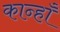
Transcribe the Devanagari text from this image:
कान्हाँ